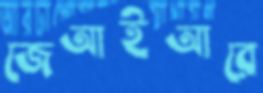
জেআইআরে